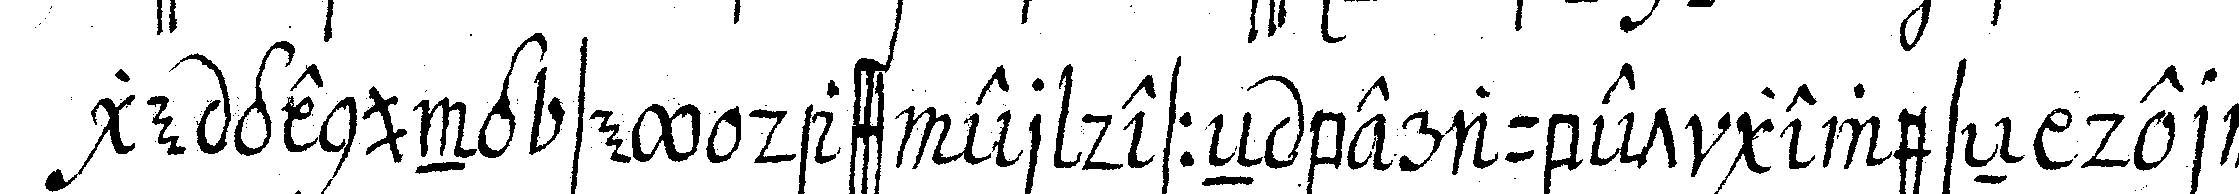
ge genung sey dass er desseN beraubet geweseN der